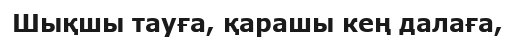
Шықшы тауға, қарашы кең далаға,